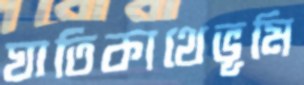
ঘাতিকাথেভূমি